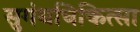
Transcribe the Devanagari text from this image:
सुगंधचिकित्सा